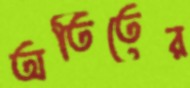
অতিতের